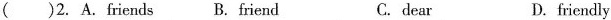
( )2. A. Friends B. Friend C. dear D. friendly ( )